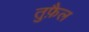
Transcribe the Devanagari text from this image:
तुफ़ैल